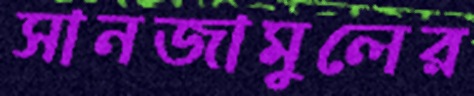
সানজামুলের